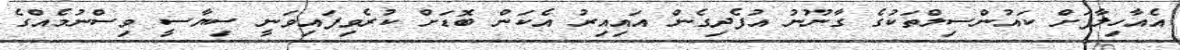
އެއާހިލާފަށް ކައުންސިލްތަކުގެ ގާނޫނު އުފެދިގެން އައިއިރު އެކަން ބޮޑަށް ކުރެވިފައިވަނީ ސިޔާސީ ވިސްނުމެއްގެ